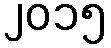
၂၀၁၅